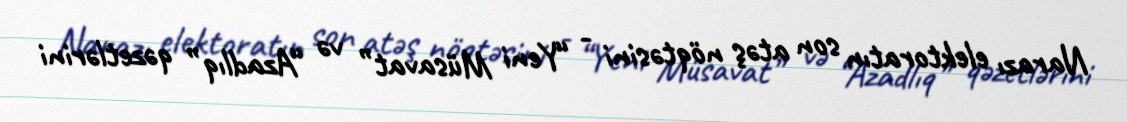
Narazı elektoratın son atəş nöqtəsini - “Yeni Müsavat” və “Azadlıq” qəzetlərini